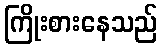
ကြိုးစားနေသည်